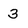
Character: 3